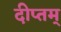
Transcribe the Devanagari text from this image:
दीप्तम्